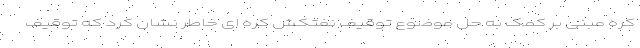
کره مبنی بر کمک به حل موضوع توقیف نفتکش کره ای خاطر نشان کرد که توقیف